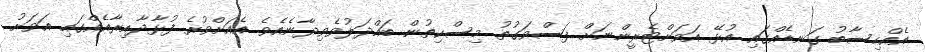
އެއްހިސާބު ގަނޑެއްގައި އުޅޭ އަވަށްޓެރީންނަށް ފަސްވަގުތު މިސްކިތުން ބައްދަލުވެވިދާނެއެވެ. އެއަށްވުރެ ފުޅާދާއިރާއެއްގައި އަވަށު